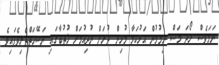
ނަމަވެސް ރޯދަ މަސް ނިމުމުން އަޅުކަމާ މުޅިން ދުރަށް ނުދިއުމަށް ޚުތުބާގައި ނަސޭހަތްތެރިވެފައިވެ